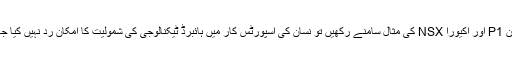
میکلرن P1 اور اکیورا NSX کی مثال سامنے رکھیں تو نسان کی اسپورٹس کار میں ہائبرڈ ٹیکنالوجی کی شمولیت کا امکان رد نہیں کیا جاسکتا۔